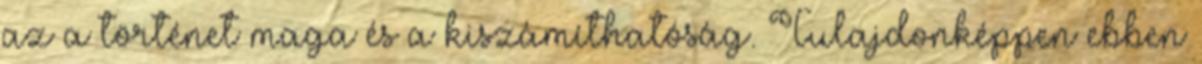
az a történet maga és a kiszámíthatóság. Tulajdonképpen ebben